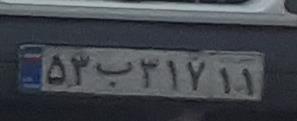
۵۲ب۳۱۷۱۱